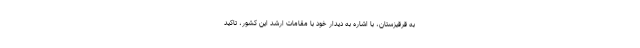
به قرقیزستان، با اشاره به دیدار خود با مقامات ارشد این کشور، تاکید